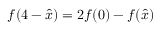
f ( 4 - \hat { x } ) = 2 f ( 0 ) - f ( \hat { x } )